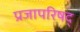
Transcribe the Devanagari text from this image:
प्रजापरिषद्